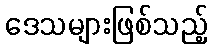
ဒေသများဖြစ်သည့်